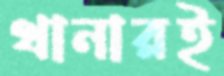
থানারই